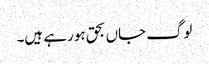
لوگ جاں بحق ہو رہے ہیں۔